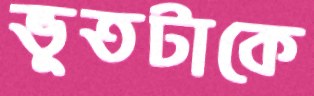
ভূতটাকে